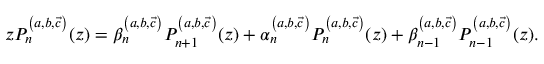
z P _ { n } ^ { \left( a , b , \vec { c } \right) } ( z ) = \beta _ { n } ^ { \left( a , b , \vec { c } \right) } P _ { n + 1 } ^ { \left( a , b , \vec { c } \right) } ( z ) + \alpha _ { n } ^ { \left( a , b , \vec { c } \right) } P _ { n } ^ { \left( a , b , \vec { c } \right) } ( z ) + \beta _ { n - 1 } ^ { \left( a , b , \vec { c } \right) } P _ { n - 1 } ^ { \left( a , b , \vec { c } \right) } ( z ) .